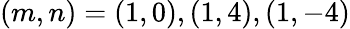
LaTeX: (m,n)=(1,0),(1,4),(1,-4)